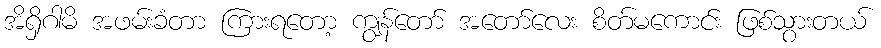
အိရှိဂါမိ အဖမ်းခံတာ ကြားရတော့ ကျွန်တော် အတော်လေး စိတ်မကောင်း ဖြစ်သွားတယ်